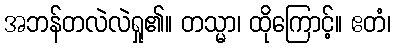
အဘန်တလဲလဲရှု၏။ တသ္မာ၊ ထိုကြောင့်။ ဧတံ၊